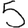
Digit: 5